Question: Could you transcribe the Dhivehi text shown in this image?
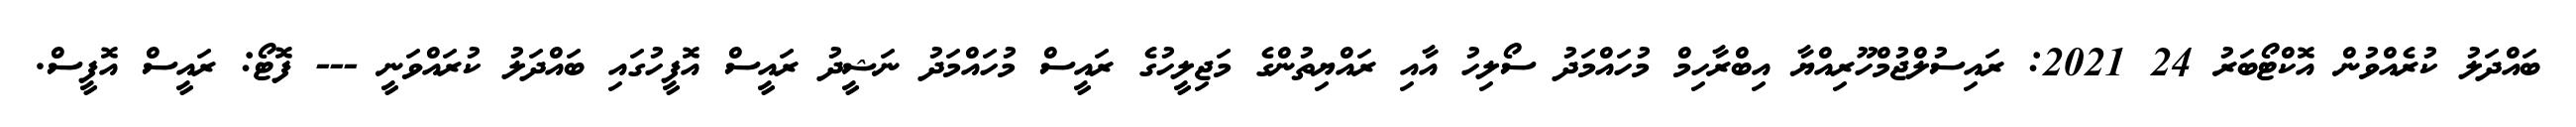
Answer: ބައްދަލު ކުރެއްވުން އޮކްޓޯބަރު 24 2021: ރައިސުލްޖުމްހޫރިއްޔާ އިބްރާހިމް މުހައްމަދު ސޯލިހު އާއި ރައްޔިތުންގެ މަޖިލީހުގެ ރައީސް މުހައްމަދު ނަޝީދު ރައީސް އޮފީހުގައި ބައްދަލު ކުރައްވަނީ --- ފޮޓޯ: ރައީސް އޮފީސް.